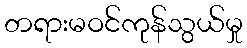
တရားမဝင်ကုန်သွယ်မှု